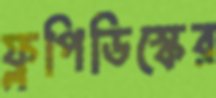
ফ্লপিডিস্কের